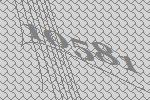
10581